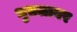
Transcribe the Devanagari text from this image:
भुतलावर